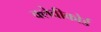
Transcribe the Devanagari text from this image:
क्लेवीकोर्ड